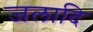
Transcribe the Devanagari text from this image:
जलादि